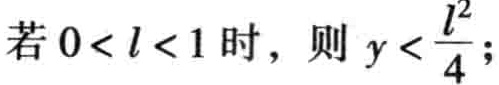
若\(0<l<1\)时，则\(y<\frac{l^{2}}{4}\)；